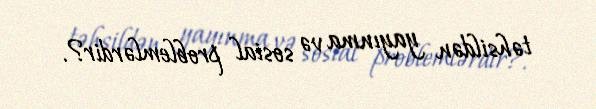
təhsildən yayınma və sosial problemlərdir?.